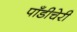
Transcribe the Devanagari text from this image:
पाँडीचेरी